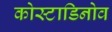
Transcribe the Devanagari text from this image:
कोस्टाडिनोव